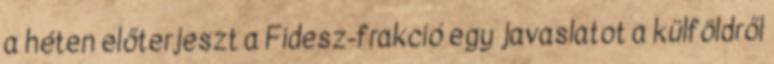
a héten előterjeszt a Fidesz-frakció egy javaslatot a külföldről